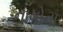
નાગોના